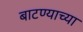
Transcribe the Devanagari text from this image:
बाटण्याच्या